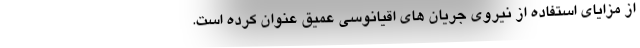
از مزایای استفاده از نیروی جریان های اقیانوسی عمیق عنوان کرده است.